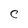
Character: C